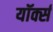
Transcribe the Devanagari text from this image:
यॉर्क्स